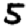
Digit: 5